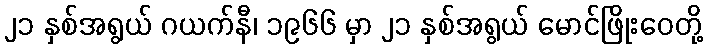
၂၁ နှစ်အရွယ် ဂယက်နီ၊ ၁၉၆၆ မှာ ၂၁ နှစ်အရွယ် မောင်ဖြိုးဝေတို့